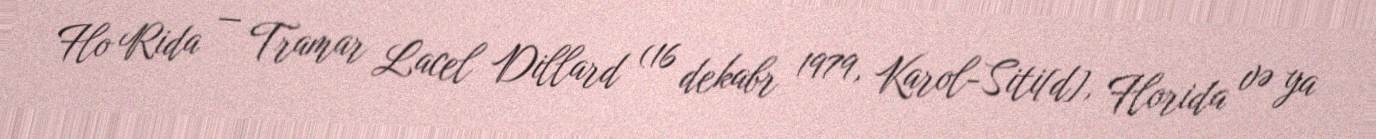
Flo Rida — Tramar Lacel Dillard (16 dekabr 1979, Karol-Siti[d], Florida və ya